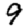
Digit: 9